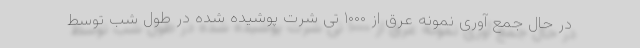
در حال جمع آوری نمونه عرق از ۱۰۰۰ تی شرت پوشیده شده در طول شب توسط